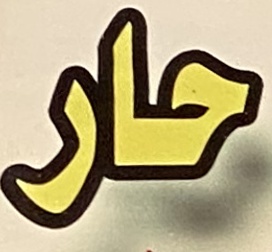
حار